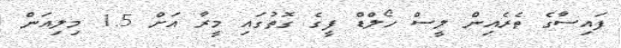
ފައިސާގެ ތެރެއިން ލީސް ހޯލްޑް ފީގެ ގޮތުގައި މީރާ އަށް 1.5 މިލިއަން